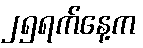
၂၅ရက်နေ့က